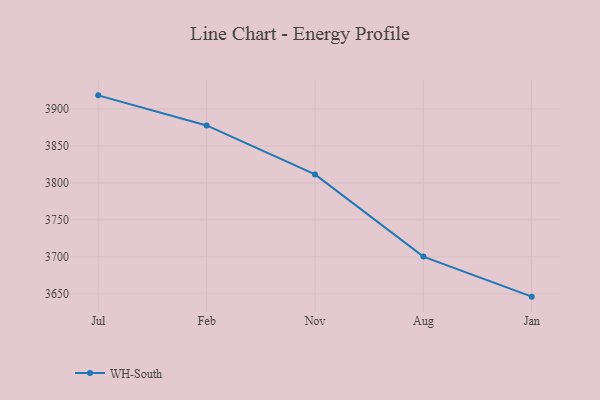
{"axis": {"x": "Month", "y": "Satisfaction Score"}, "legend": ["WH-South"], "data": [{"x": "Jul", "y": 3918.4, "type": "WH-South"}, {"x": "Feb", "y": 3877.7, "type": "WH-South"}, {"x": "Nov", "y": 3811.5, "type": "WH-South"}, {"x": "Aug", "y": 3700.4, "type": "WH-South"}, {"x": "Jan", "y": 3646.2, "type": "WH-South"}]}